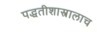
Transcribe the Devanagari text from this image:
पद्धतीशास्त्रालाच